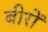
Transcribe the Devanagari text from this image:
बीरों